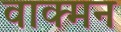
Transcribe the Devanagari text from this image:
वाक्मन